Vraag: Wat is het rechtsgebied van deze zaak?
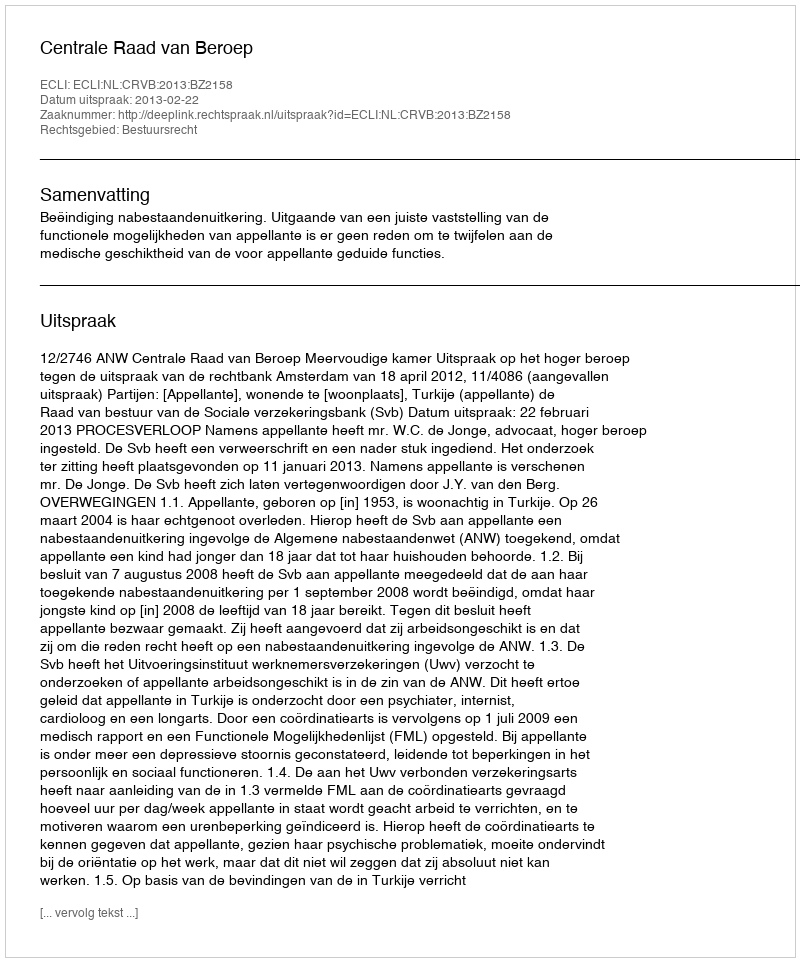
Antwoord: Bestuursrecht